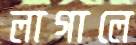
লাগালে